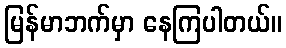
မြန်မာဘက်မှာ နေကြပါတယ်။